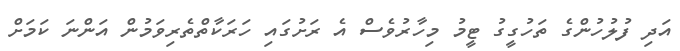
އަދި ފުލުހުންގެ ތަހުގީގު ޓީމު މިހާރުވެސް އެ ރަށުގައި ހަރަކާތްތެރިވަމުން އަންނަ ކަމަށް